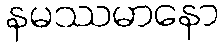
နမဿမာနော